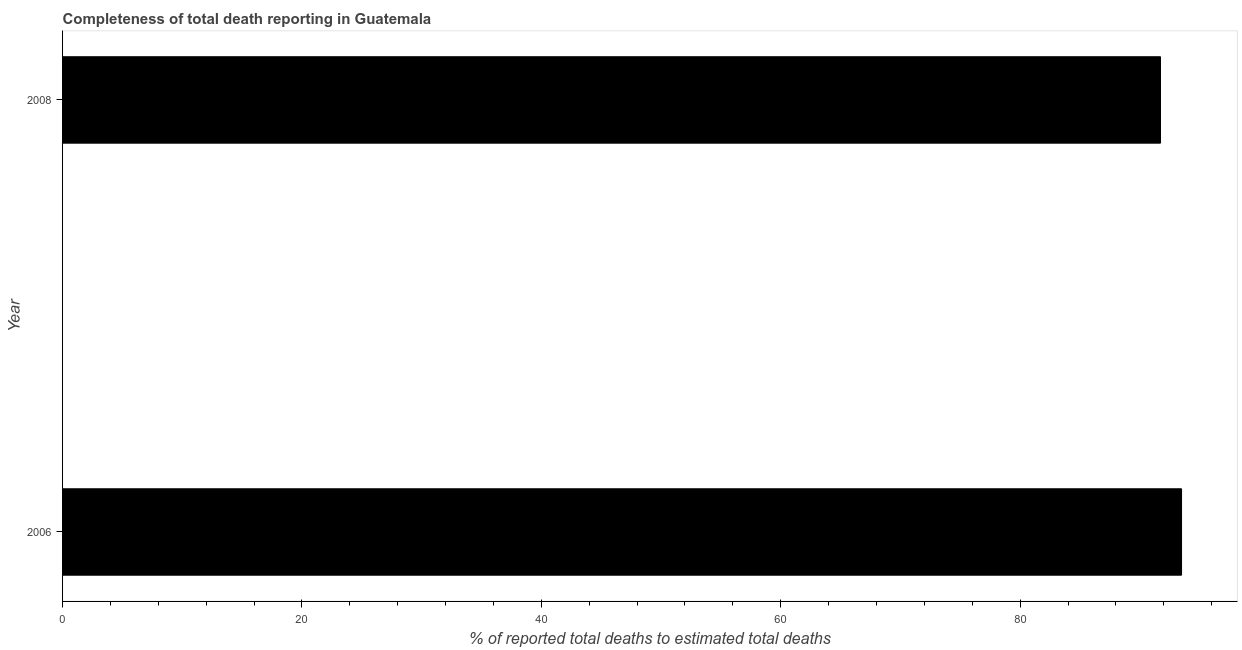
| Year | Completeness of total death reporting  |
 | --- | --- |
 | 2006 | 93.5 |
 | 2008 | 91.7 |